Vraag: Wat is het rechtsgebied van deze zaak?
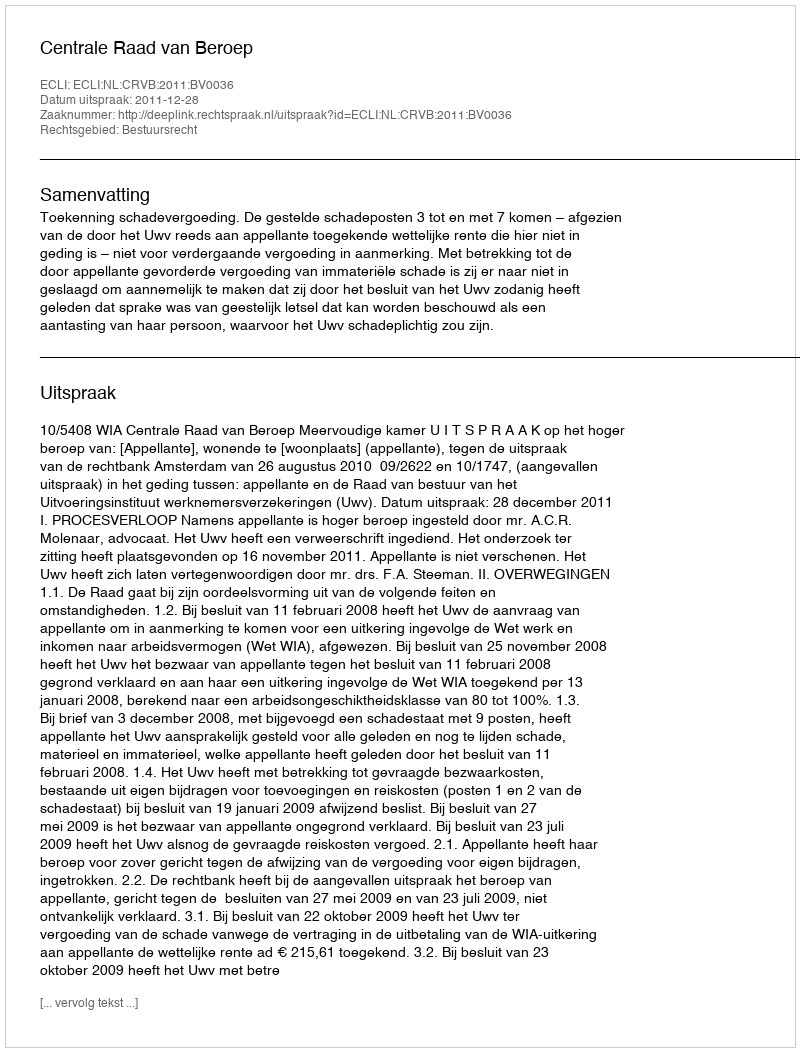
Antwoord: Bestuursrecht